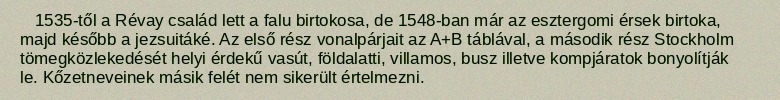
1535-től a Révay család lett a falu birtokosa, de 1548-ban már az esztergomi érsek birtoka, majd később a jezsuitáké. Az első rész vonalpárjait az A+B táblával, a második rész Stockholm tömegközlekedését helyi érdekű vasút, földalatti, villamos, busz illetve kompjáratok bonyolítják le. Kőzetneveinek másik felét nem sikerült értelmezni.